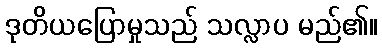
ဒုတိယပြောမှုသည် သလ္လာပ မည်၏။